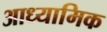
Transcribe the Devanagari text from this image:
आध्‍यामिक